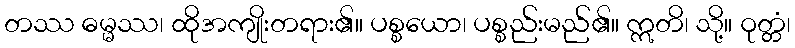
တဿ ဓမ္မဿ၊ ထိုအကျိုးတရား၏။ ပစ္စယော၊ ပစ္စည်းမည်၏။ ဣတိ၊ သို့။ ဝုတ္တံ၊